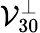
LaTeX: \mathcal{V}_{30}^{\perp}